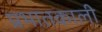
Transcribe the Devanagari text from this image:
प्रभातकाली